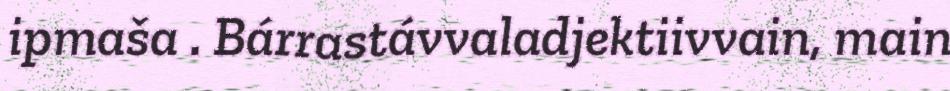
ipmaša . Bárrastávvaladjektiivvain, main